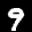
Label: 9